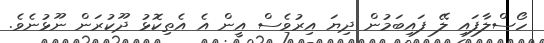
ހޯސްލާފައި ލޭ ފައިބަމުން ދިޔަ އިރުވެސް އީން އެ އެތިކޮޅު ދޫކުރަން ނޫޅުނެވެ.